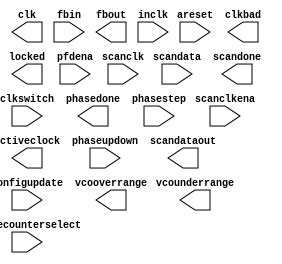
// Copyright (C) 1991-2011 Altera Corporation
// Your use of Altera Corporation's design tools, logic functions 
// and other software and tools, and its AMPP partner logic 
// functions, and any output files from any of the foregoing 
// (including device programming or simulation files), and any 
// associated documentation or information are expressly subject 
// to the terms and conditions of the Altera Program License 
// Subscription Agreement, Altera MegaCore Function License 
// Agreement, or other applicable license agreement, including, 
// without limitation, that your use is for the sole purpose of 
// programming logic devices manufactured by Altera and sold by 
// Altera or its authorized distributors.  Please refer to the 
// applicable agreement for further details.
//////////////////////////////////////////////////////////////////////////
// cycloneiii_pll BBOX Model for FV
//////////////////////////////////////////////////////////////////////////
module	cycloneiii_pll	(
	activeclock,
	areset,
	clk,
	clkbad,
	clkswitch,
	configupdate,
	fbin,
	fbout,
	inclk,
	locked,
	pfdena,
	phasecounterselect,
	phasedone,
	phasestep,
	phaseupdown,
	scanclk,
	scanclkena,
	scandata,
	scandataout,
	scandone,
	vcooverrange,
	vcounderrange) ;

	parameter	bandwidth = 0;
	parameter	bandwidth_type = "auto";
	parameter	c0_high = 1;
	parameter	c0_initial = 1;
	parameter	c0_low = 1;
	parameter	c0_mode = "bypass";
	parameter	c0_ph = 0;
	parameter	c0_test_source = 5;
	parameter	c1_high = 1;
	parameter	c1_initial = 1;
	parameter	c1_low = 1;
	parameter	c1_mode = "bypass";
	parameter	c1_ph = 0;
	parameter	c1_test_source = 5;
	parameter	c1_use_casc_in = "off";
	parameter	c2_high = 1;
	parameter	c2_initial = 1;
	parameter	c2_low = 1;
	parameter	c2_mode = "bypass";
	parameter	c2_ph = 0;
	parameter	c2_test_source = 5;
	parameter	c2_use_casc_in = "off";
	parameter	c3_high = 1;
	parameter	c3_initial = 1;
	parameter	c3_low = 1;
	parameter	c3_mode = "bypass";
	parameter	c3_ph = 0;
	parameter	c3_test_source = 5;
	parameter	c3_use_casc_in = "off";
	parameter	c4_high = 1;
	parameter	c4_initial = 1;
	parameter	c4_low = 1;
	parameter	c4_mode = "bypass";
	parameter	c4_ph = 0;
	parameter	c4_test_source = 5;
	parameter	c4_use_casc_in = "off";
	parameter	charge_pump_current = 10;
	parameter	charge_pump_current_bits = 9999;
	parameter	clk0_counter = "c0";
	parameter	clk0_divide_by = 1;
	parameter	clk0_duty_cycle = 50;
	parameter	clk0_multiply_by = 0;
	parameter	clk0_output_frequency = 0;
	parameter	clk0_phase_shift = "UNUSED";
	parameter	clk0_phase_shift_num = 0;
	parameter	clk0_use_even_counter_mode = "off";
	parameter	clk0_use_even_counter_value = "off";
	parameter	clk1_counter = "c1";
	parameter	clk1_divide_by = 1;
	parameter	clk1_duty_cycle = 50;
	parameter	clk1_multiply_by = 0;
	parameter	clk1_output_frequency = 0;
	parameter	clk1_phase_shift = "UNUSED";
	parameter	clk1_phase_shift_num = 0;
	parameter	clk1_use_even_counter_mode = "off";
	parameter	clk1_use_even_counter_value = "off";
	parameter	clk2_counter = "c2";
	parameter	clk2_divide_by = 1;
	parameter	clk2_duty_cycle = 50;
	parameter	clk2_multiply_by = 0;
	parameter	clk2_output_frequency = 0;
	parameter	clk2_phase_shift = "UNUSED";
	parameter	clk2_phase_shift_num = 0;
	parameter	clk2_use_even_counter_mode = "off";
	parameter	clk2_use_even_counter_value = "off";
	parameter	clk3_counter = "c3";
	parameter	clk3_divide_by = 1;
	parameter	clk3_duty_cycle = 50;
	parameter	clk3_multiply_by = 0;
	parameter	clk3_output_frequency = 0;
	parameter	clk3_phase_shift = "UNUSED";
	parameter	clk3_phase_shift_num = 0;
	parameter	clk3_use_even_counter_mode = "off";
	parameter	clk3_use_even_counter_value = "off";
	parameter	clk4_counter = "c4";
	parameter	clk4_divide_by = 1;
	parameter	clk4_duty_cycle = 50;
	parameter	clk4_multiply_by = 0;
	parameter	clk4_output_frequency = 0;
	parameter	clk4_phase_shift = "UNUSED";
	parameter	clk4_phase_shift_num = 0;
	parameter	clk4_use_even_counter_mode = "off";
	parameter	clk4_use_even_counter_value = "off";
	parameter	compensate_clock = "clk0";
	parameter	inclk0_input_frequency = 0;
	parameter	inclk1_input_frequency = 0;
	parameter	lock_high = 0;
	parameter	lock_low = 0;
	parameter	lock_window_ui = "0.05";
	parameter	lock_window_ui_bits = "UNUSED";
	parameter	loop_filter_c = 1;
	parameter	loop_filter_c_bits = 9999;
	parameter	loop_filter_r = "UNUSED";
	parameter	loop_filter_r_bits = 9999;
	parameter	m = 0;
	parameter	m_initial = 1;
	parameter	m_ph = 0;
	parameter	m_test_source = 5;
	parameter	n = 1;
	parameter	operation_mode = "normal";
	parameter	pfd_max = 0;
	parameter	pfd_min = 0;
	parameter	pll_compensation_delay = 0;
	parameter	pll_type = "auto";
	parameter	scan_chain_mif_file = "unused";
	parameter	self_reset_on_loss_lock = "off";
	parameter	simulation_type = "functional";
	parameter	switch_over_type = "auto";
	parameter	use_dc_coupling = "false";
	parameter	vco_center = 0;
	parameter	vco_divide_by = 0;
	parameter	vco_frequency_control = "auto";
	parameter	vco_max = 0;
	parameter	vco_min = 0;
	parameter	vco_multiply_by = 0;
	parameter	vco_phase_shift_step = 0;
	parameter	vco_post_scale = 1;
	parameter	vco_range_detector_high_bits = "UNUSED";
	parameter	vco_range_detector_low_bits = "UNUSED";
	parameter	lpm_type = "cycloneiii_pll";

	output	activeclock;
	input	areset;
	output	[4:0]	clk;
	output	[1:0]	clkbad;
	input	clkswitch;
	input	configupdate;
	input	fbin;
	output	fbout;
	input	[1:0]	inclk;
	output	locked;
	input	pfdena;
	input	[2:0]	phasecounterselect;
	output	phasedone;
	input	phasestep;
	input	phaseupdown;
	input	scanclk;
	input	scanclkena;
	input	scandata;
	output	scandataout;
	output	scandone;
	output	vcooverrange;
	output	vcounderrange;

endmodule //cycloneiii_pll